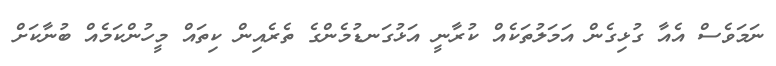
ނަމަވެސް އެއާ ގުޅިގެން އަމަލުތަކެއް ކުރާނީ އަޅުގަނޑުމެންގެ ތެރެއިން ކިތައް މީހުންކަމެއް ބުނާކަށް